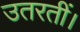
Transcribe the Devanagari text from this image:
उतरतीं।